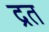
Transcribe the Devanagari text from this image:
द्रत